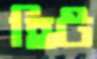
হিট